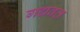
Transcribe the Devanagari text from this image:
गद्यवत